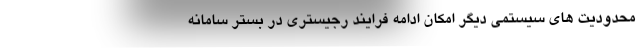
محدودیت های سیستمی دیگر امکان ادامه فرایند رجیستری در بستر سامانه